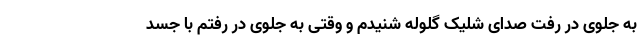
به جلوی در رفت صدای شلیک گلوله شنیدم و وقتی به جلوی در رفتم با جسد